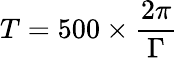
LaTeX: T=500\times\frac{2\pi}{\Gamma}